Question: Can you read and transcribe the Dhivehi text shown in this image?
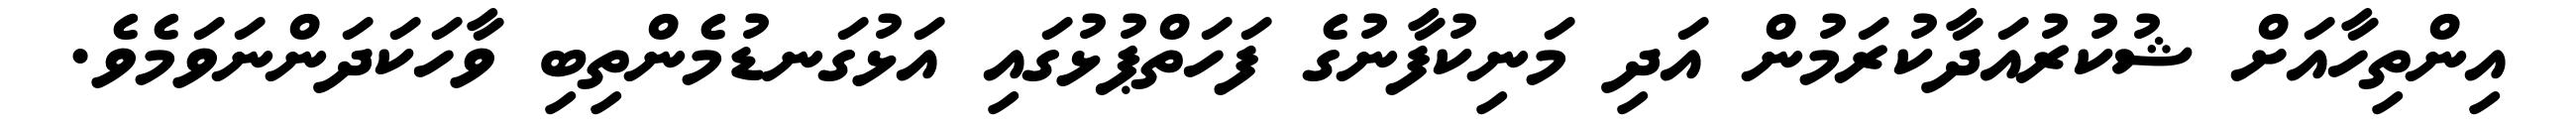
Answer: އިންތިހާއަށް ޝުކުރުއަދާކުރަމުން އަދި މަނިކުފާނުގެ ފަހަތްޕުޅުގައި އަޅުގަނޑުމެންތިބި ވާހަކަދަންނަވަމެވެ.